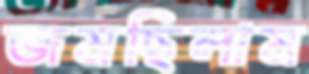
জমছিলাম